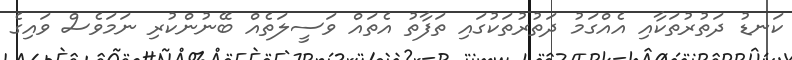
ކަނޑު ދަތުރުތަކާއި އެއްގަމު ދަތުރުތަކުގައި ތަފާތު އެތައް ވަސީލަތެއް ބޭނުންކުރި ނަމަވެސް ވައިގެ